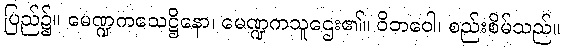
ပြည်၌။ မေဏ္ဍကသေဋ္ဌိနော၊ မေဏ္ဍကသူဌေး၏။ ဝိဘဝေါ၊ စည်းစိမ်သည်။